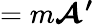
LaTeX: =m{\boldsymbol{\mathcal{A}^{\prime}}}